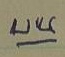
บน